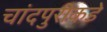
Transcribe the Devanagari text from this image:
चांदपुरीकडे